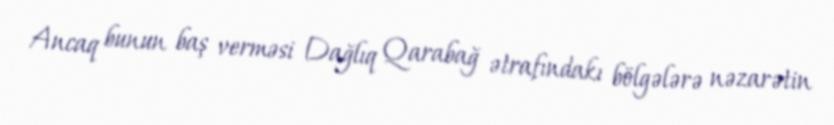
Ancaq bunun baş verməsi Dağlıq Qarabağ ətrafındakı bölgələrə nəzarətin